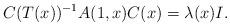
LaTeX: \begin{align*}C(T(x))^{-1}A(1,x)C(x) = \lambda(x)I.\end{align*}